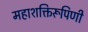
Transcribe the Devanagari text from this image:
महाशक्तिरूपिणी